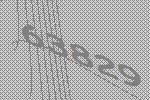
63829